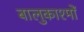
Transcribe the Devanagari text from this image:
बालुकाश्मों